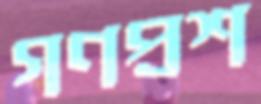
গণপ্রশ